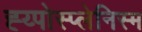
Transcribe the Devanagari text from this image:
ह्य्पोस्प्लेनिस्म